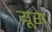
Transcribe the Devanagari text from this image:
यूस्